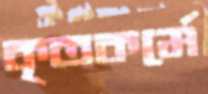
কৃতকর্মে